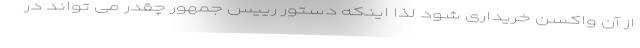
از آن واکسن خریداری شود لذا اینکه دستور رییس جمهور چقدر می تواند در